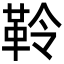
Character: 𩊂